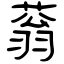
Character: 蓊